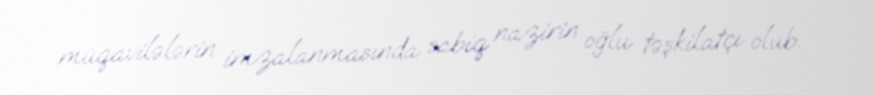
müqavilələrin imzalanmasında sabiq nazirin oğlu təşkilatçı olub.